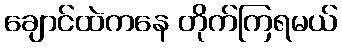
ချောင်ထဲကနေ တိုက်ကြရမယ်